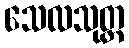
သေလသုတ္တ